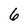
Character: 6